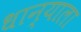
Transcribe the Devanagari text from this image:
धान्याला